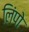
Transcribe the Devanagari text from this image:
लिंपो